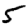
Digit: 5